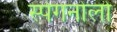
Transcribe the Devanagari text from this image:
स्पेगनोलो